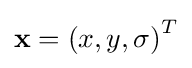
{\textbf {x}}=\left(x,y,\sigma \right)^{T}